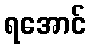
ရအောင်